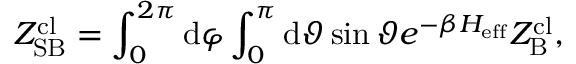
Z _ { \mathrm { S B } } ^ { \mathrm { c l } } = \int _ { 0 } ^ { 2 \pi } \mathrm { d } \varphi \int _ { 0 } ^ { \pi } \mathrm { d } \vartheta \sin \vartheta e ^ { - \beta H _ { \mathrm { e f f } } } Z _ { \mathrm { B } } ^ { \mathrm { c l } } ,